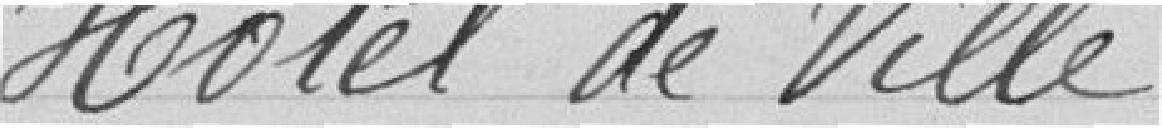
Hôtel de Ville